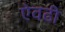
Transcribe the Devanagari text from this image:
ऐवढी